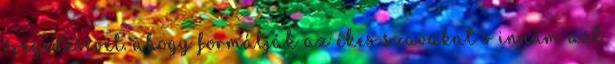
öregedésével. ahogy formálják az ékes szavakat s innám azt